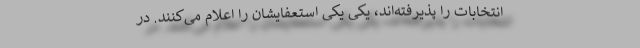
انتخابات را پذیرفته‌اند، یکی یکی استعفایشان را اعلام می‌کنند. در